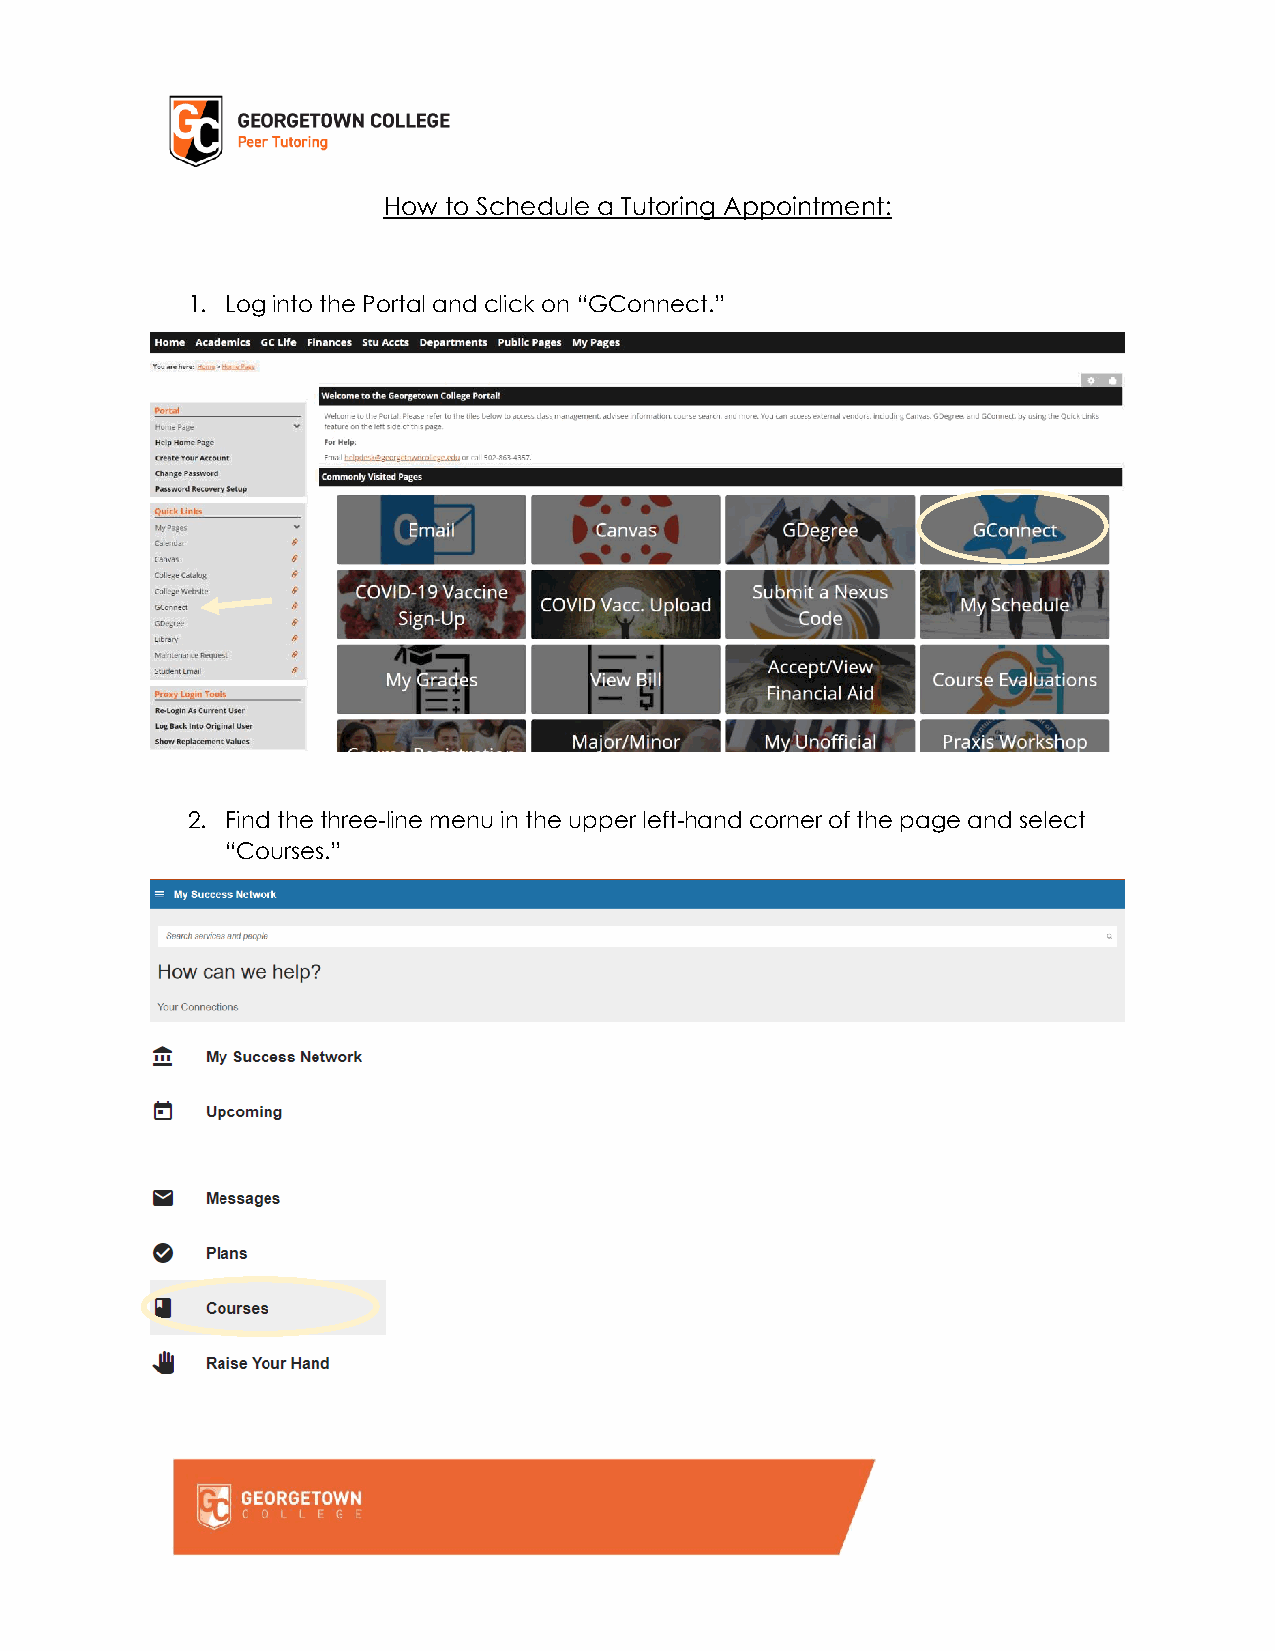
How to Schedule a Tutoring Appointment:
 1. Log into the Portal and click on “GConnect.”
 2. Find the three-line menu in the upper left-hand corner of the page and select
 “Courses.”